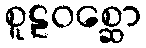
စူဠဝစ္ဆော